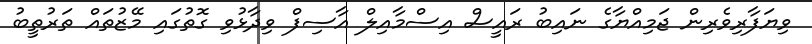
ވިޔަފާރިވެރިން ޖަމިއްޔާގެ ނައިބު ރައީސް އިސްމާއިލް އާސިފް ވިދާޅުވި ގޮތުގައި މޭޒުތައް ތަރުތީބު